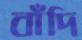
বাঁদি